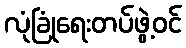
လုံခြုံရေးတပ်ဖွဲ့ဝင်